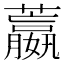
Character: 䕦